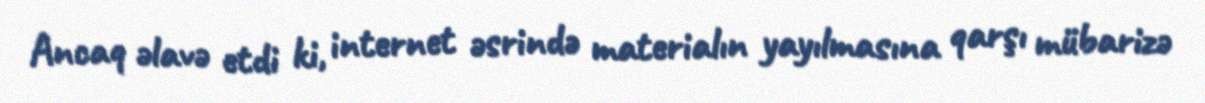
Ancaq əlavə etdi ki, internet əsrində materialın yayılmasına qarşı mübarizə